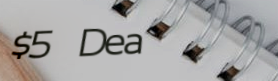
$5 Deal